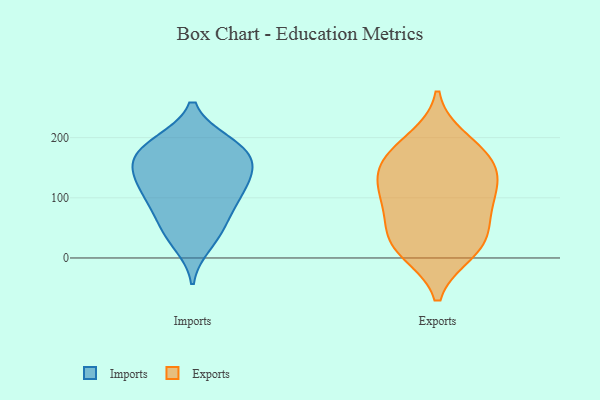
{"axis": {"x": "Website Visitors", "y": "Value"}, "legend": ["Exports", "Imports"], "data": [{"x": "", "y": 192, "type": "Imports"}, {"x": "", "y": 102, "type": "Imports"}, {"x": "", "y": 157, "type": "Imports"}, {"x": "", "y": 125, "type": "Imports"}, {"x": "", "y": 81, "type": "Imports"}, {"x": "", "y": 52, "type": "Imports"}, {"x": "", "y": 23, "type": "Imports"}, {"x": "", "y": 93, "type": "Imports"}, {"x": "", "y": 161, "type": "Imports"}, {"x": "", "y": 174, "type": "Imports"}, {"x": "", "y": 140, "type": "Imports"}, {"x": "", "y": 148, "type": "Imports"}, {"x": "", "y": 116, "type": "Imports"}, {"x": "", "y": 190, "type": "Imports"}, {"x": "", "y": 190, "type": "Imports"}, {"x": "", "y": 42, "type": "Imports"}, {"x": "", "y": 174, "type": "Exports"}, {"x": "", "y": 136, "type": "Exports"}, {"x": "", "y": 45, "type": "Exports"}, {"x": "", "y": 196, "type": "Exports"}, {"x": "", "y": 115, "type": "Exports"}, {"x": "", "y": 21, "type": "Exports"}, {"x": "", "y": 106, "type": "Exports"}, {"x": "", "y": 10, "type": "Exports"}, {"x": "", "y": 96, "type": "Exports"}, {"x": "", "y": 19, "type": "Exports"}, {"x": "", "y": 66, "type": "Exports"}, {"x": "", "y": 163, "type": "Exports"}, {"x": "", "y": 155, "type": "Exports"}]}